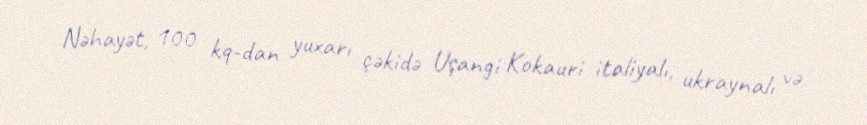
Nəhayət, 100 kq-dan yuxarı çəkidə Uşangi Kokauri italiyalı, ukraynalı və